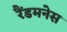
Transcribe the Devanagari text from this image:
रैंडमनेस